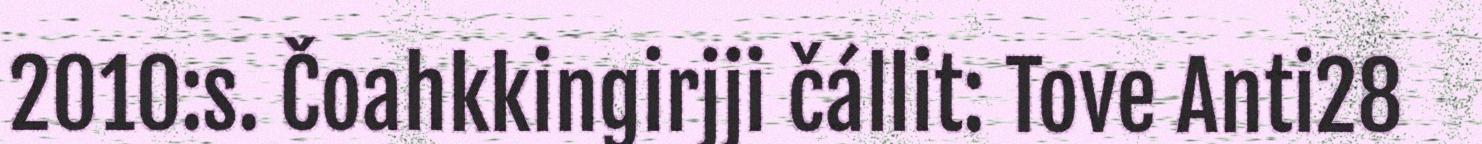
2010:s. Čoahkkingirjji čállit: Tove Anti28